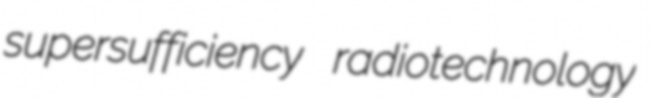
supersufficiency radiotechnology